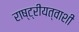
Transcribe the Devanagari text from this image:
राष्ट्रीयत्वाशी